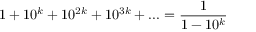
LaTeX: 1 + 1 0 ^ { k } + 1 0 ^ { 2 k } + 1 0 ^ { 3 k } + . . . = { \frac { 1 } { 1 - 1 0 ^ { k } } }